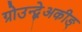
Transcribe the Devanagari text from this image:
ग्रोउन्द्ब्रेअकीङ्